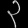
Digit: ၃